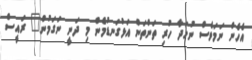
އެހެން ނަމަވެސް ނުހަދާ ހުރި ތަންތަން އަޅުގަނޑުމެން މި ދަނީ ނަގަމުން" ރައީސް